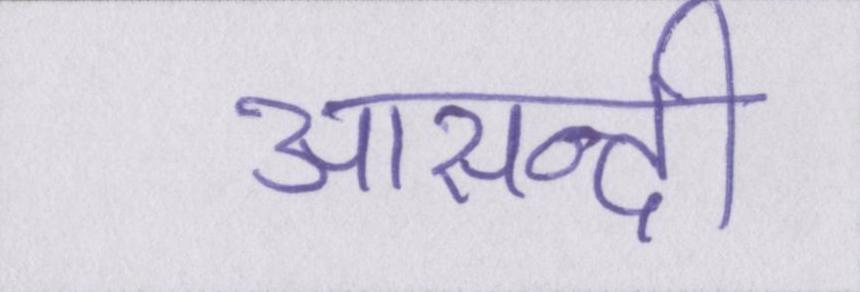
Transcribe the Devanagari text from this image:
आसन्दी